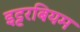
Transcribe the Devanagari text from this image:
इट्टरबियम